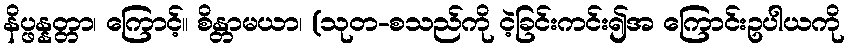
နိပ္ဖန္နတ္တာ၊ ကြောင့်။ စိန္တာမယာ၊ (သုတ-စသည်ကို ငဲ့ခြင်းကင်း၍အ ကြောင်းဥပါယကို